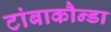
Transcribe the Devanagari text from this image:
टांबाकौन्डा